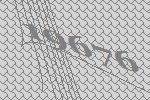
19676